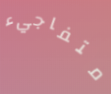
متفاجيء